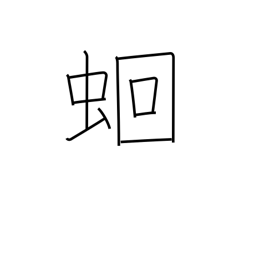
Meaning: intestinal worms